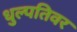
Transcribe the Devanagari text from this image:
धुल्पतिवर